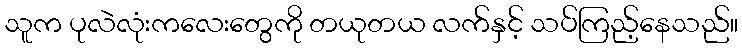
သူက ပုလဲလုံးကလေးတွေကို တယုတယ လက်နှင့် သပ်ကြည့်နေသည်။